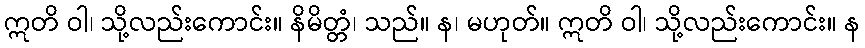
ဣတိ ဝါ၊ သို့လည်းကောင်း။ နိမိတ္တံ၊ သည်။ န၊ မဟုတ်။ ဣတိ ဝါ၊ သို့လည်းကောင်း။ န